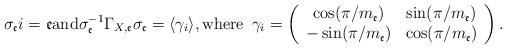
LaTeX: \begin{align*}\sigma_{\mathfrak{e}}i =\mathfrak{e} \mathrm{and} \sigma_{\mathfrak{e}}^{-1}\Gamma_{X,\mathfrak{e}}\sigma_{\mathfrak{e}} = \langle\gamma_{i}\rangle,\mathrm{where}\,\,\, \gamma_{i}=\left(\begin{array}{ccc} \cos(\pi\slash m_{\mathfrak{e}}) & \sin(\pi\slash m_{\mathfrak{e}})\\ -\sin(\pi\slash m_{\mathfrak{e}}) & \cos(\pi\slash m_{\mathfrak{e}})\end{array}\right).\end{align*}